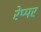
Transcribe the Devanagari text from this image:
रेप्पर